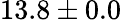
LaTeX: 13.8\pm 0.0